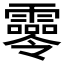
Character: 𩆖